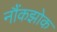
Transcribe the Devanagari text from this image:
नौंकझोक